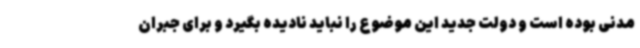
مدنی بوده است و دولت جدید این موضوع را نباید نادیده بگیرد و برای جبران